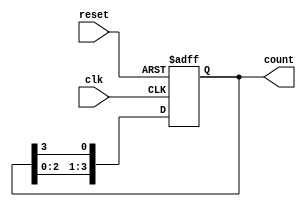
module bistable_ring_counter (
    input wire clk,          // Clock input
    input wire reset,        // Asynchronous reset
    output reg [3:0] count   // 4-bit output for the counter
);

    // Initialization of the counter
    always @(posedge clk or posedge reset) begin
        if (reset) begin
            count <= 4'b0001; // Initialize to 0001
        end else begin
            count <= {count[2:0], count[3]}; // Shift left and wrap around
        end
    end

endmodule